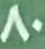
80